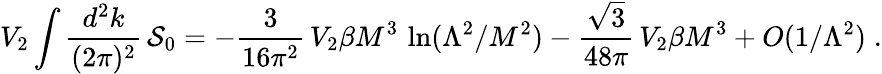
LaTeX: V_{2}\int\frac{d^{2}k}{(2\pi)^{2}}\, {\cal S}_{0}=-\frac{3}{16\pi^{2}}\, V_{2}\beta M^{3}\, \ln(\Lambda^{2}/M^{2})-\frac{\sqrt{3}}{48\pi}\, V_{2}\beta M^{3}+O(1/\Lambda^{2})\; .